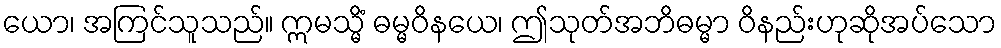
ယော၊ အကြင်သူသည်။ ဣမသ္မိံ ဓမ္မဝိနယေ၊ ဤသုတ်အဘိဓမ္မာ ဝိနည်းဟုဆိုအပ်သော